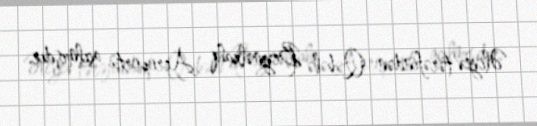
Əliyev tərəfindən Qəbələ Beynəlxalq Aeroportu açılmışdır.